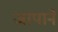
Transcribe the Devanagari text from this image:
जापाने